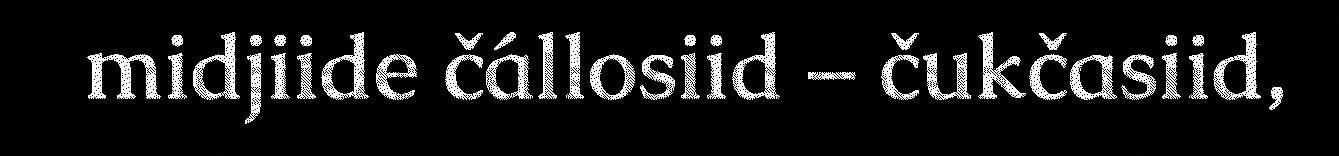
midjiide čállosiid – čukčasiid,